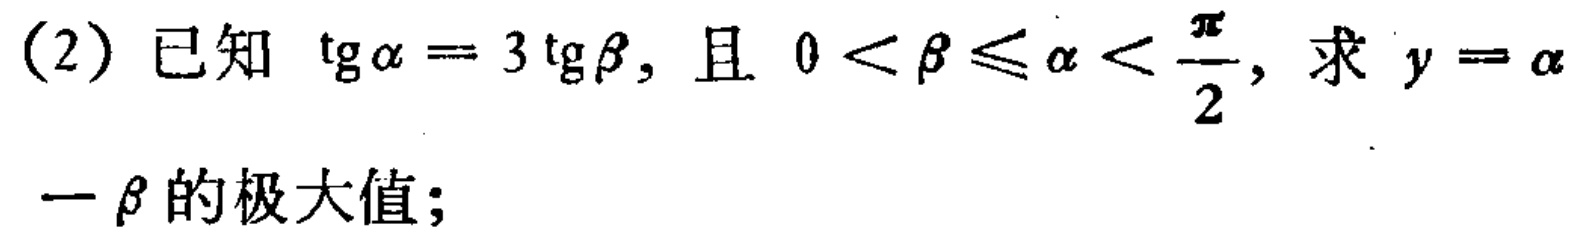
(2) 已知 $\operatorname{tg}\alpha = 3\operatorname{tg}\beta$, 且 $0 < \beta \leq \alpha < \frac{\pi}{2}$, 求 $y = \alpha - \beta$ 的极大值;